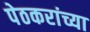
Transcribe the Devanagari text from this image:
पेठकरांच्या